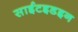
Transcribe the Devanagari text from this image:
साईटइडइन